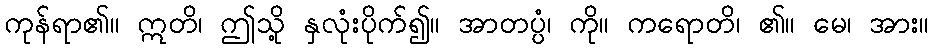
ကုန်ရာ၏။ ဣတိ၊ ဤသို့ နှလုံးပိုက်၍။ အာတပ္ပံ၊ ကို။ ကရောတိ၊ ၏။ မေ၊ အား။